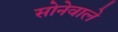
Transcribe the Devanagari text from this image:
सोनेवाले